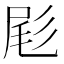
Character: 𫵞